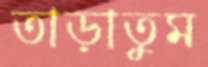
তাড়াতুম